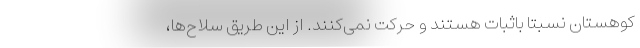
کوهستان نسبتا باثبات‌ هستند و حرکت نمی‌کنند. از این طریق سلاح‌ها،‌